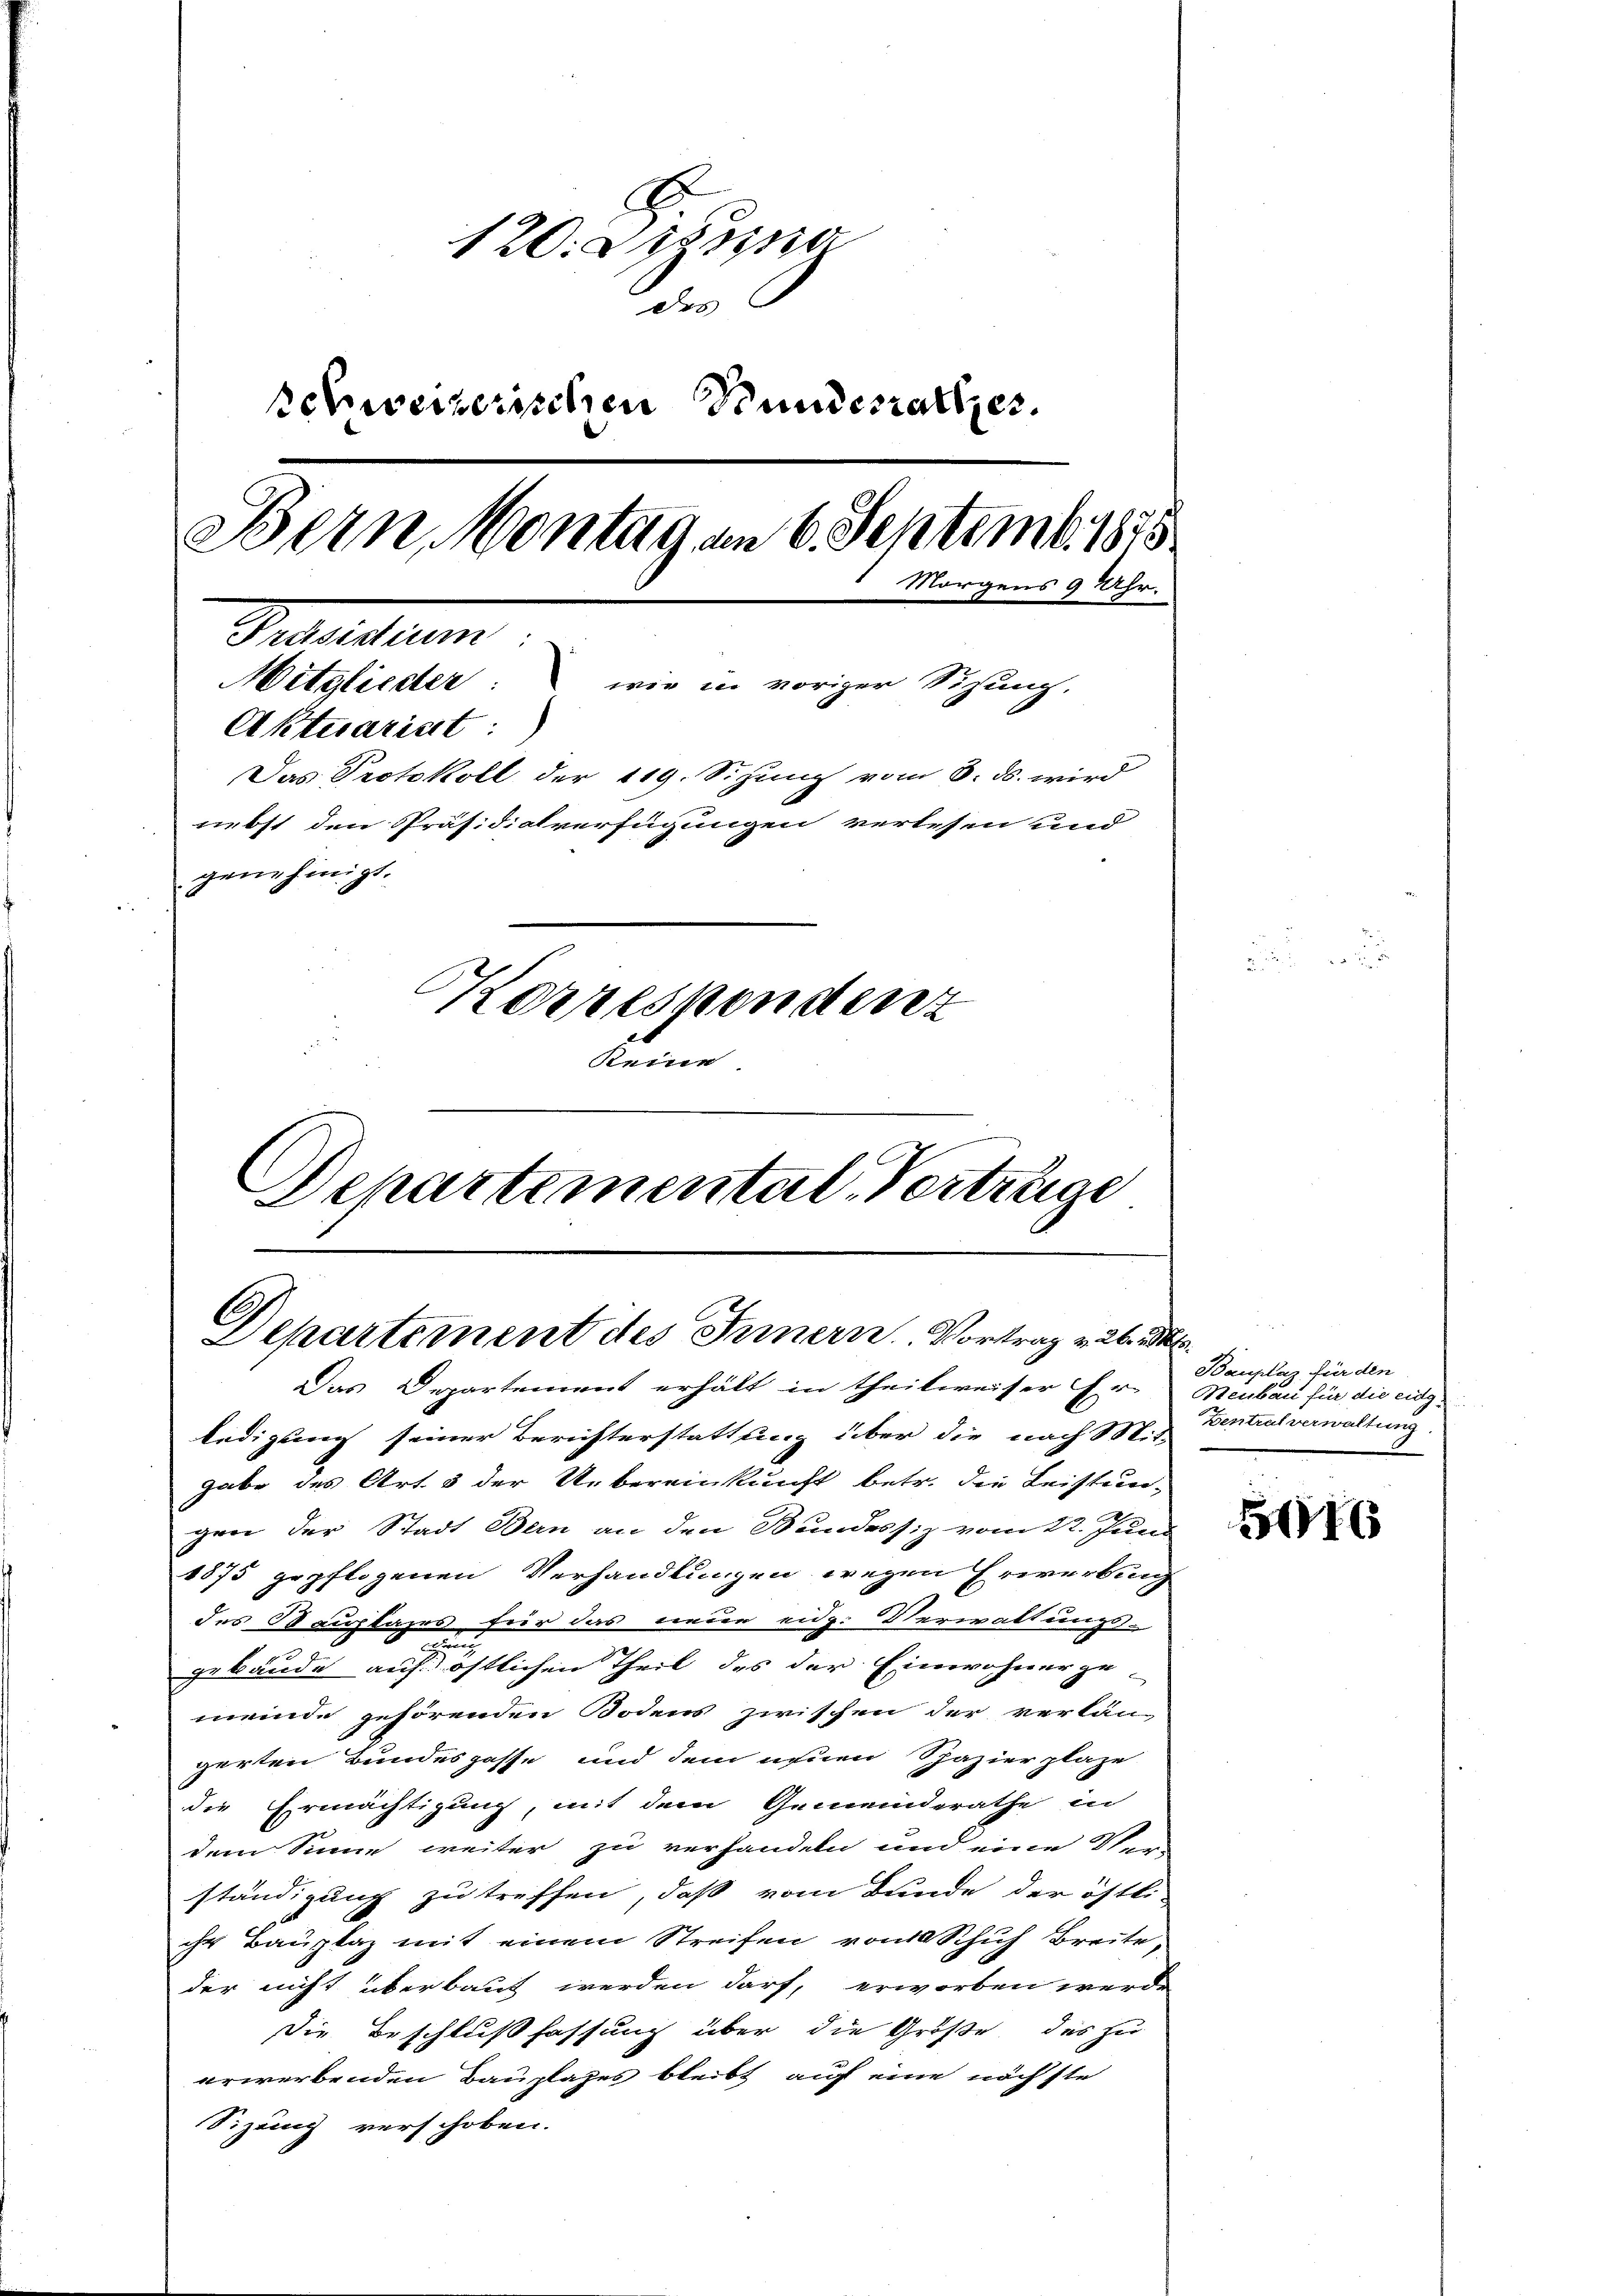
d
120. Disse
des
schweizerischen Stundesrathes.
Bern, Montag am 6. Septemb. 1875
Morgens 9 Uhr.
Geleistum
Mitglieder: wie in voriger Sizung.
Aktuarist :
Das Protokoll der 119. Sizung vom 8. ds. wird
nebst den Präsidialverfügungen verlesen und
genehmigt.
Korrestendenz
keine
Departemental-Verträge

A
Departement des Innern. Vortrag v. 26. 2
Das Departement erhält in theilweiser Er-Neubau für die eidg¬

ledigung seiner Berichterstattung über die nach Mit-
gabe des Art. 3 der Uebereinkunft betr. die Leistun-
gen der Stadt Bern an den Bundessiz vom 22. Juni
1875 gepflogenen Verhandlungen wegen Erwerbung
des Bauplanes für das neue eidg. Verwaltungs-
c
gebäude auf östlichen Theil des der Einwohnerge-
meinde gehörenden Bodens zwischen der verlän
gerten Bundespasse und dem einen Spazierplaze
die Ermächtigung, mit dem Gemeinderathe in
dem Sinne weiter zu verhandeln und eine Ver-
ständigung zu treffen, daß vom Bunde der östli-
ihr Bauplaz mit einem Streifen von Schuh Breite,
der nicht überbaut werden darf, erworben werde
Die Beschlußfassung über die Größe des zu
erwerbenden Bauplates bleibt auf eine nächste
Sizung verschoben.

t
Bauplaz, für den
Zentralverwaltung.

5016